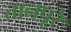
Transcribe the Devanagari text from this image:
तानपूरे